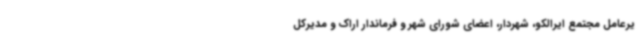
یرعامل مجتمع ایرالکو، شهردار، اعضای شورای شهر و فرماندار اراک و مدیرکل